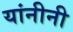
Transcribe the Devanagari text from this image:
यांनीनी